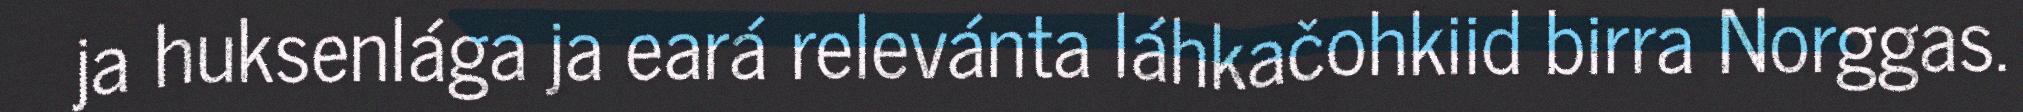
ja huksenlága ja eará relevánta láhkačohkiid birra Norggas.